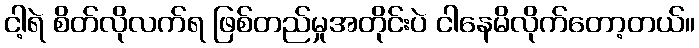
ငါ့ရဲ စိတ်လိုလက်ရ ဖြစ်တည်မှုအတိုင်းပဲ ငါနေမိလိုက်တော့တယ်။